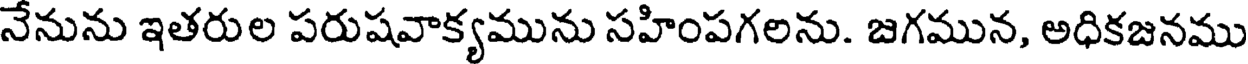
నేనును ఇతరుల పరుషవాక్యమును సహింపగలను. జగమున, అధికజనము